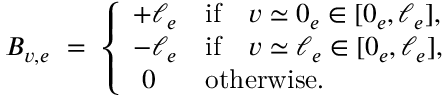
\begin{array} { r } { B _ { v , e } \ = \ \left\{ \begin{array} { l l } { + \ell _ { e } } & { \mathrm { i f } \quad v \simeq 0 _ { e } \in [ 0 _ { e } , \ell _ { e } ] , } \\ { - \ell _ { e } } & { \mathrm { i f } \quad v \simeq \ell _ { e } \in [ 0 _ { e } , \ell _ { e } ] , } \\ { \ 0 } & { \mathrm { o t h e r w i s e . } } \end{array} \right. } \end{array}